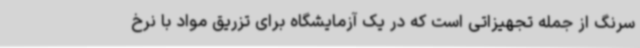
سرنگ از جمله تجهیزاتی است که در یک آزمایشگاه برای تزریق مواد با نرخ